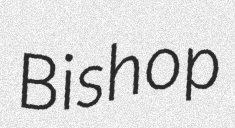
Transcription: Bishop